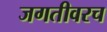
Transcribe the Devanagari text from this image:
जगतीवरच